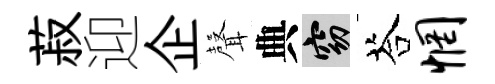
菽迎企𮋻典窈荅惘